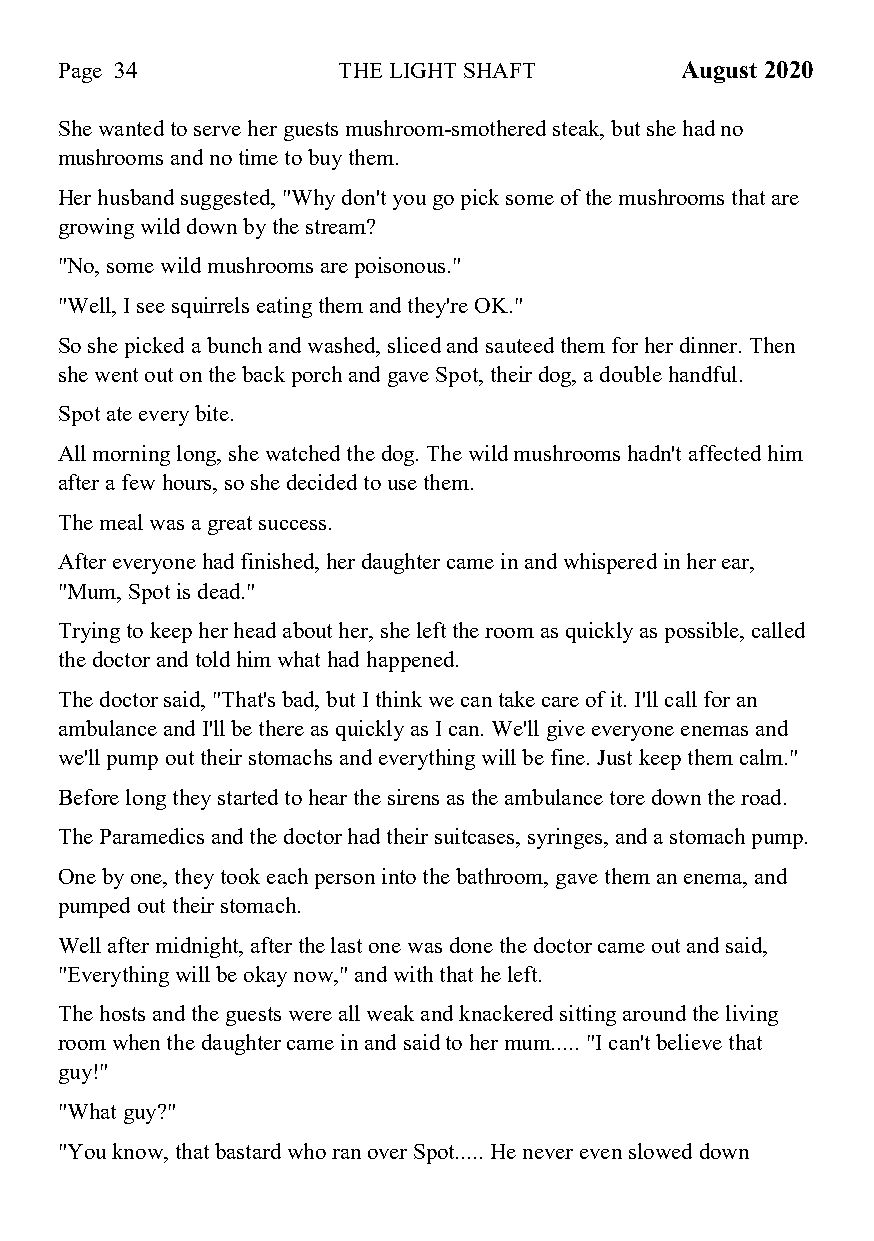
Page 34           THE LIGHT SHAFT        August 2020
 She wanted to serve her guests mushroom-smothered steak, but she had no
 mushrooms and no time to buy them.
 Her husband suggested, "Why don't you go pick some of the mushrooms that are
 growing wild down by the stream?
 "No, some wild mushrooms are poisonous."
 "Well, I see squirrels eating them and they're OK."
 So she picked a bunch and washed, sliced and sauteed them for her dinner. Then
 she went out on the back porch and gave Spot, their dog, a double handful.
 Spot ate every bite.
 All morning long, she watched the dog. The wild mushrooms hadn't affected him
 after a few hours, so she decided to use them.
 The meal was a great success.
 After everyone had finished, her daughter came in and whispered in her ear,
 "Mum, Spot is dead."
 Trying to keep her head about her, she left the room as quickly as possible, called
 the doctor and told him what had happened.
 The doctor said, "That's bad, but I think we can take care of it. I'll call for an
 ambulance and I'll be there as quickly as I can. We'll give everyone enemas and
 we'll pump out their stomachs and everything will be fine. Just keep them calm."
 Before long they started to hear the sirens as the ambulance tore down the road.
 The Paramedics and the doctor had their suitcases, syringes, and a stomach pump.
 One by one, they took each person into the bathroom, gave them an enema, and
 pumped out their stomach.
 Well after midnight, after the last one was done the doctor came out and said,
 "Everything will be okay now," and with that he left.
 The hosts and the guests were all weak and knackered sitting around the living
 room when the daughter came in and said to her mum..... "I can't believe that
 guy!"
 "What guy?"
 "You know, that bastard who ran over Spot..... He never even slowed down